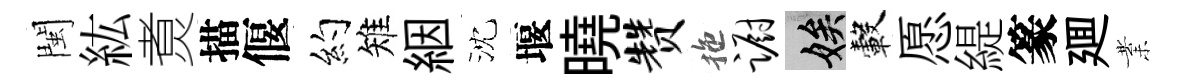
閩紘煑描偃約雉絪沈堰曉赞拖蹰娭轂愿緹篆廽業